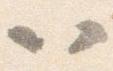
以